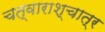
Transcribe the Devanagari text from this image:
चत्वाराश्चात्र